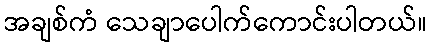
အချစ်ကံ သေချာပေါက်ကောင်းပါတယ်။